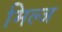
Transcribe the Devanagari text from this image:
मिल्ज